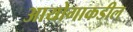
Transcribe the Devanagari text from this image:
आयोगाकडील